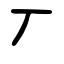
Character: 丆